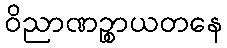
ဝိညာဏဉ္စာယတနေ